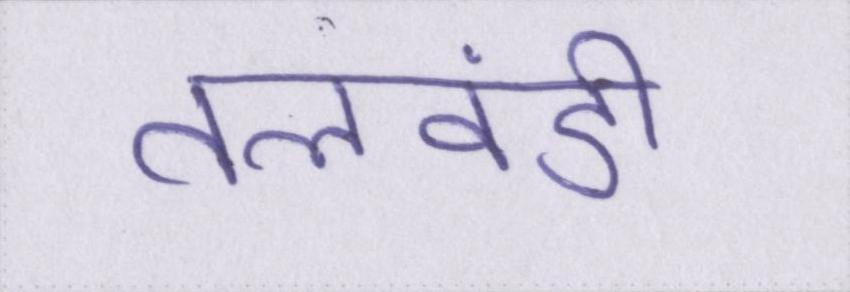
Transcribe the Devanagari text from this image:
तलवंडी